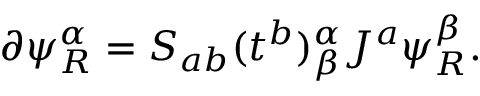
\partial \psi _ { R } ^ { \alpha } = S _ { a b } ( t ^ { b } ) _ { \beta } ^ { \alpha } J ^ { a } \psi _ { R } ^ { \beta } .